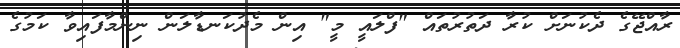
ރާއްޖޭގެ ދެކުނަށް ކުރާ ދަތުރުތައް "ފްލައީ މީ" އިން މެދުކަނޑާލަން ނިންމާފައިވާ ކަމުގެ